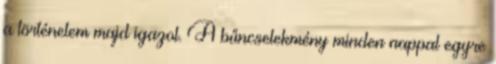
a történelem majd igazol. A bűncselekmény minden nappal egyre